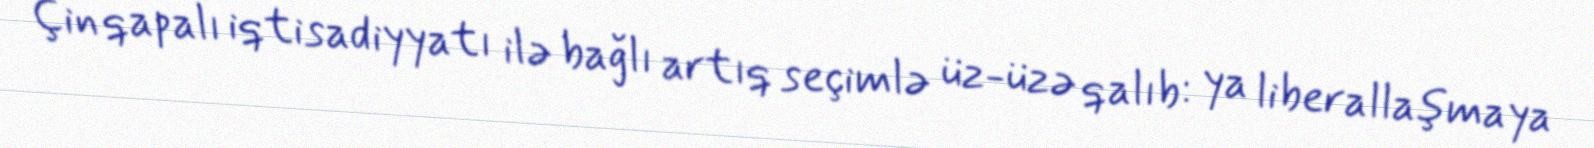
Çin qapalı iqtisadiyyatı ilə bağlı artıq seçimlə üz-üzə qalıb: ya liberallaşmaya